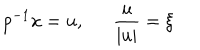
LaTeX: p ^ { - 1 } x = u , \frac { u } { \mid u \mid } = \xi